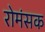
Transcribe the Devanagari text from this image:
रोमंसक